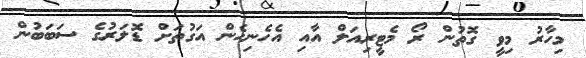
މިހާރު މިވީ ގޮތުން ރޯ މެޓީރިއަލް އާއި އެހެނިހެން އަގުތަށް ޑޮލަރުގެ ސަބަބުން